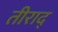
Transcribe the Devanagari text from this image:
तीराद्